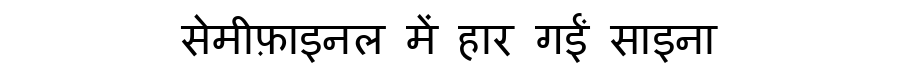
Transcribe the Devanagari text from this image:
सेमीफ़ाइनल में हार गईं साइना